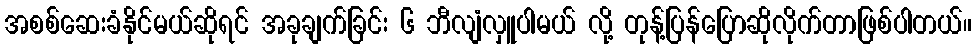
အစစ်ဆေးခံနိုင်မယ်ဆိုရင် အခုချက်ခြင်း ၆ ဘီလျံလှူပါမယ် လို့ တုန့်ပြန်ပြောဆိုလိုက်တာဖြစ်ပါတယ်။